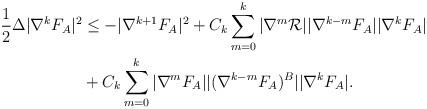
LaTeX: \begin{align*} \frac{1}{2}\Delta| \nabla^{k}F_A|^2 &\leq -|\nabla^{k+1}F_A|^2+C_k\sum_{m=0}^k |\nabla^{m} {\cal R}||\nabla^{k-m}F_A||\nabla^{k}F_A|\\&+C_k\sum_{m=0}^k |\nabla^{m}F_A||(\nabla^{k-m}F_A)^B||\nabla^{k}F_A |.\end{align*}